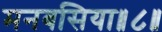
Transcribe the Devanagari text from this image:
मनबसिया॥८॥